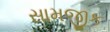
સામજીક